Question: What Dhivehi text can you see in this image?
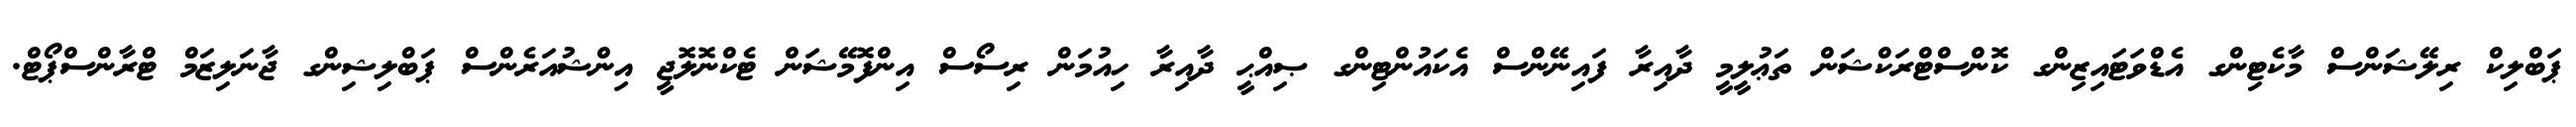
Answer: ޕަބްލިކް ރިލޭޝަންސް މާކެޓިންގ އެޑްވަޓައިޒިންގ ކޮންސްޓްރަކްޝަން ތަޢުލީމީ ދާއިރާ ފައިނޭންސް އެކައުންޓިންގ ޞިއްޙީ ދާއިރާ ހިއުމަން ރިސޯސް އިންފޮމޭޝަން ޓެކްނޮލޮޖީ އިންޝުއަރެންސް ޕަބްލިޝިންގ ޖާނަލިޒަމް ޓްރާންސްޕޯޓް.